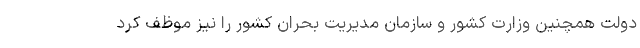
دولت همچنین وزارت کشور و سازمان مدیریت بحران کشور را نیز موظف کرد